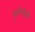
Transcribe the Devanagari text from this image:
युटोलोजी